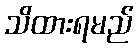
သိထားရမည်